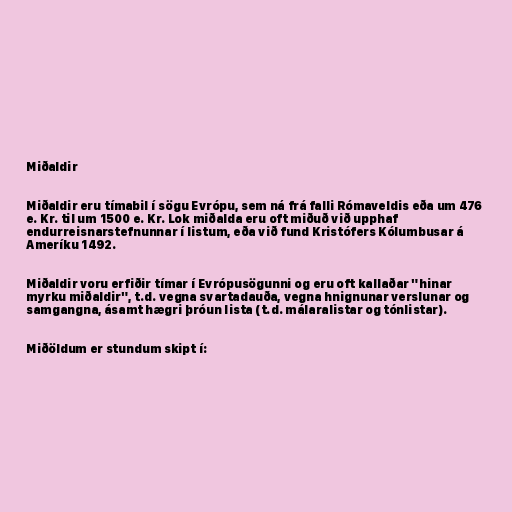
Miðaldir

Miðaldir eru tímabil í sögu Evrópu, sem ná frá falli Rómaveldis eða um 476
e. Kr. til um 1500 e. Kr. Lok miðalda eru oft miðuð við upphaf
endurreisnarstefnunnar í listum, eða við fund Kristófers Kólumbusar á
Ameríku 1492.

Miðaldir voru erfiðir tímar í Evrópusögunni og eru oft kallaðar "hinar
myrku miðaldir", t.d. vegna svartadauða, vegna hnignunar verslunar og
samgangna, ásamt hægri þróun lista (t.d. málaralistar og tónlistar).

Miðöldum er stundum skipt í: